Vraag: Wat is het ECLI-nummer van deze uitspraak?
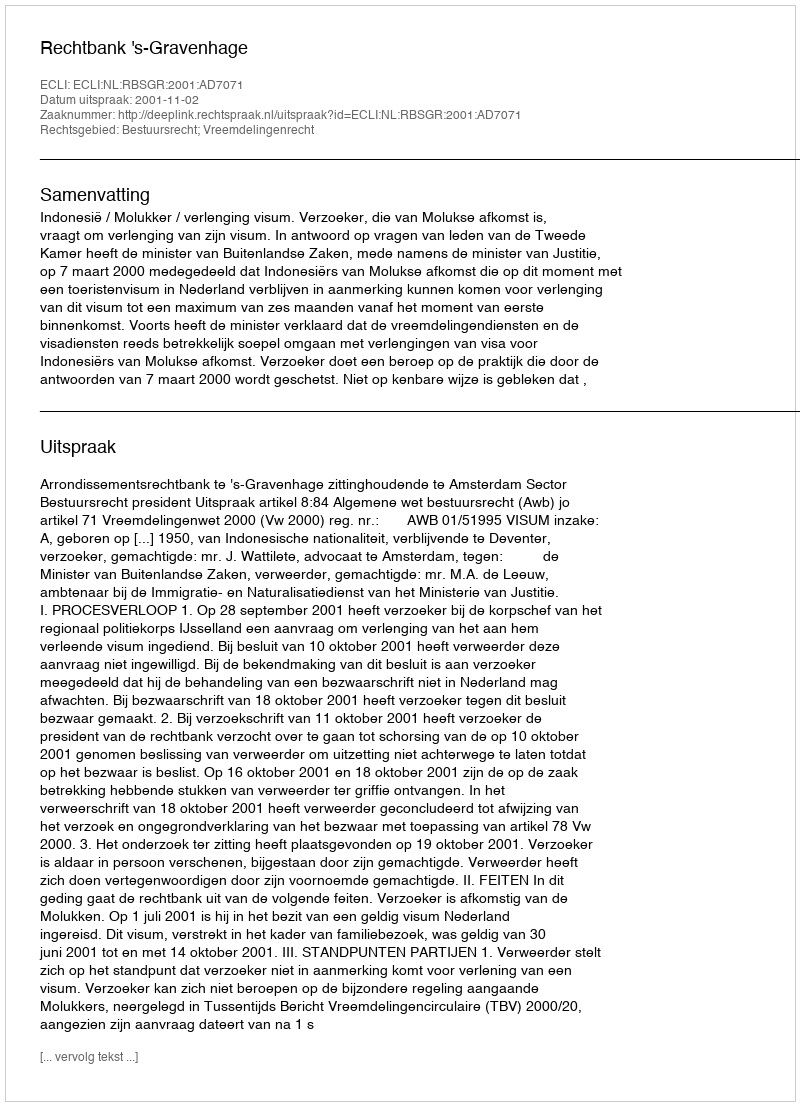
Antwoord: ECLI:NL:RBSGR:2001:AD7071